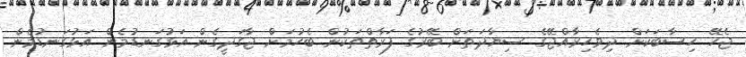
ޖެހޭ ހިސާބަކަށް ދިވެހިރާއްޖޭގެ ސިޔާދަތަށް ބޭރުގެ ފަރާތްތަކުން ބެހުމަށް ޖާގަދީގެން އަޅުގަނޑުމެން އަޅުގަނޑުމެން